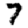
Digit: 7